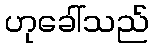
ဟုခေါ်သည်